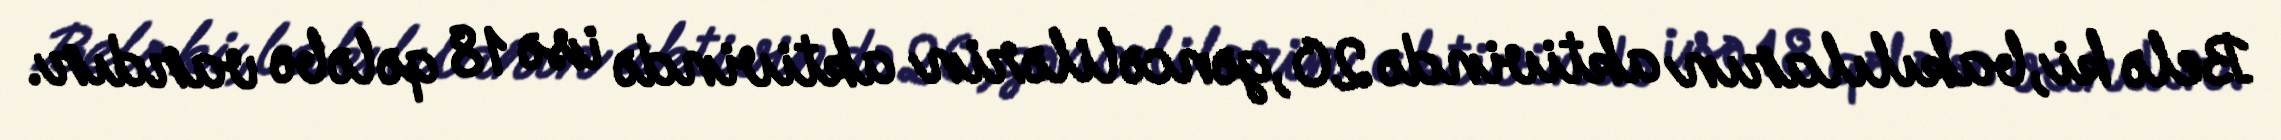
Belə ki,bakılıların aktivində 20,gəncəlilərin aktivində isə 18 qələbə vardır.